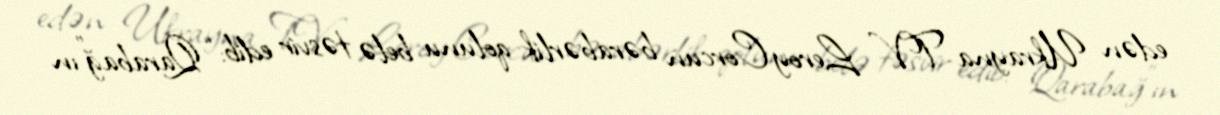
edən Ukrayna TV Leroy Corcun bərabərlik qolunu belə təsvir edib: “Qarabağ”ın